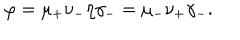
\varphi = \mu _ { + } \nu _ { - } \eta \gamma _ { - } = \mu _ { - } \nu _ { + } \gamma _ { - } .